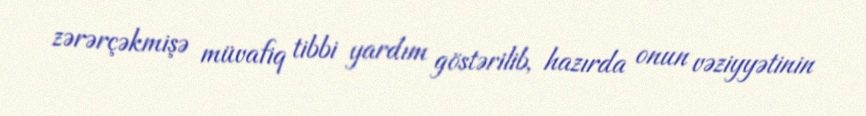
zərərçəkmişə müvafiq tibbi yardım göstərilib, hazırda onun vəziyyətinin